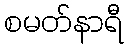
စမတ်နာရီ